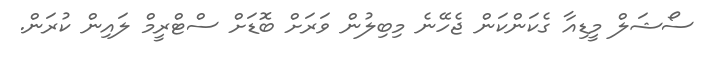
ސޯޝަލް މީޑިއާ ގެކަންކަން ޖެހޭނެ މިބިލުން ވަރަށް ބޮޑަށް ސްޓްރީމް ލައިން ކުރަން.